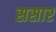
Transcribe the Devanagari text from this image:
ससार